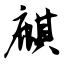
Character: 麒